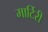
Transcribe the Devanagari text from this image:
मार्टिरी